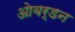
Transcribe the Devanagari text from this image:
ओबर्डन